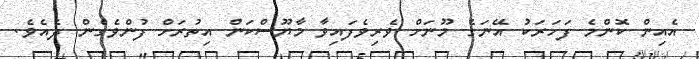
އެއިން ކޮންމެ ފަހަރަކު އޭނަގެ މޫނަށް ވެރިވެފައިވާ މާޔޫސްކަން އިތުރަށް ފުންވެގެން ދެއެވެ.